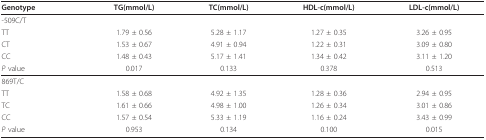
| Genotype | TG(mmol/L) | TC(mmol/L) | HDL-c(mmol/L) | LDL-c(mmol/L) |
 | --- | --- | --- | --- | --- |
 | -509C/T |  |  |  |  |
 | TT | 1.79 ± 0.56 | 5.28 ± 1.17 | 1.27 ± 0.35 | 3.26 ± 0.95 |
 | CT | 1.53 ± 0.67 | 4.91 ± 0.94 | 1.22 ± 0.31 | 3.09 ± 0.80 |
 | CC | 1.48 ± 0.43 | 5.17 ± 1.41 | 1.34 ± 0.42 | 3.11 ± 1.20 |
 | P value | 0.017 | 0.133 | 0.378 | 0.513 |
 | 869T/C |  |  |  |  |
 | TT | 1.58 ± 0.68 | 4.92 ± 1.35 | 1.28 ± 0.36 | 2.94 ± 0.95 |
 | TC | 1.61 ± 0.66 | 4.98 ± 1.00 | 1.26 ± 0.34 | 3.01 ± 0.86 |
 | CC | 1.57 ± 0.54 | 5.33 ± 1.19 | 1.16 ± 0.24 | 3.43 ± 0.99 |
 | P value | 0.953 | 0.134 | 0.100 | 0.015 |